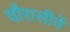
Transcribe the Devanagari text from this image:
चौरासीवें